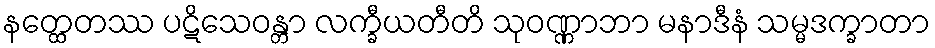
နတ္ထေတဿ ပဋိသေဝန္တာ လက္ခီယတီတိ သုဝဏ္ဏာဘာ မနာဒီနံ သမ္မဒက္ခာတာ